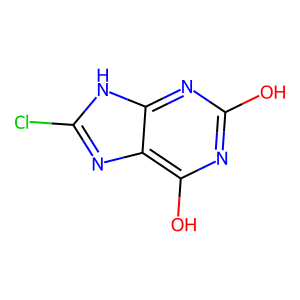
SMILES: Oc1nc(O)c2nc(Cl)[nH]c2n1
Inhibits HIV replication: No